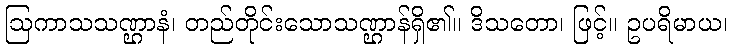
ဩကာသသဏ္ဌာနံ၊ တည်တိုင်းသောသဏ္ဌာန်ရှိ၏။ ဒိသတော၊ ဖြင့်။ ဥပရိမာယ၊